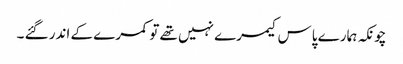
چونکہ ہمارے پاس کیمرے نہیں تھے تو کمرے کے اندر گئے ۔